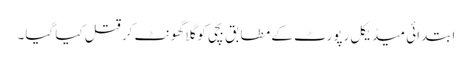
ابتدائی میڈیکل رپورٹ کے مطابق بچی کو گلا گھونٹ کر قتل کیا گیا۔